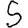
Digit: 5